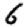
Digit: 6